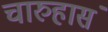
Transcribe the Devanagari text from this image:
चारुहासं